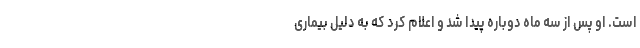
است. او پس از سه ماه دوباره پیدا شد و اعلام کرد که به دلیل بیماری